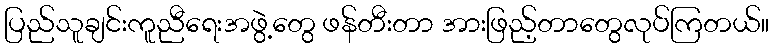
ပြည်သူချင်းကူညီရေးအဖွဲ့တွေ ဖန်တီးတာ အားဖြည့်တာတွေလုပ်ကြတယ်။